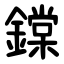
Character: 鏿